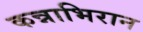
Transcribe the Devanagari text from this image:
कन्नाभिरान